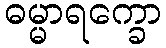
ဓမ္မာရက္ခော